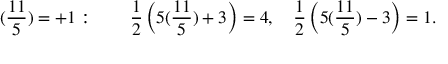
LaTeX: ( { \frac { 1 1 } { 5 } } ) = + 1 : \qquad { \frac { 1 } { 2 } } \left( 5 ( { \frac { 1 1 } { 5 } } ) + 3 \right) = 4 , \quad { \frac { 1 } { 2 } } \left( 5 ( { \frac { 1 1 } { 5 } } ) - 3 \right) = 1 .